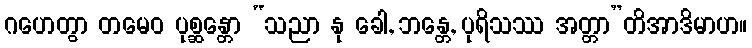
ဂဟေတွာ တမေဝ ပုစ္ဆန္တော “သညာ နု ခေါ, ဘန္တေ, ပုရိသဿ အတ္တာ”တိအာဒိမာဟ။